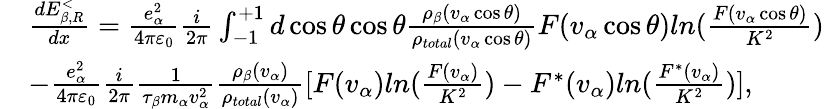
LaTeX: \begin{array}{rl}&{\frac{dE_{\beta,R}^{<}}{dx}=\frac{e_{\alpha}^{2}}{4\pi{{\varepsilon}_{0}}}\frac{i}{2\pi}\int_{-1}^{+1}{d\cos\theta\cos\theta\frac{{{\rho}_{\beta}}({{v}_{\alpha}}\cos\theta)}{{{\rho}_{total}}({{v}_{\alpha}}\cos\theta)}}F({{v}_{\alpha}}\cos\theta)ln(\frac{F({{v}_{\alpha}}\cos\theta)}{{{K}^{2}}})}\\ &{-\frac{e_{\alpha}^{2}}{4\pi{{\varepsilon}_{0}}}\frac{i}{2\pi}\frac{1}{{{\tau}_{\beta}}{{m}_{\alpha}}v_{\alpha}^{2}}\frac{{{\rho}_{\beta}}({{v}_{\alpha}})}{{{\rho}_{total}}({{v}_{\alpha}})}[F({{v}_{\alpha}})ln(\frac{F({{v}_{\alpha}})}{{{K}^{2}}})-{{F}^{*}}({{v}_{\alpha}})ln(\frac{{{F}^{*}}({{v}_{\alpha}})}{{{K}^{2}}})],}\end{array}